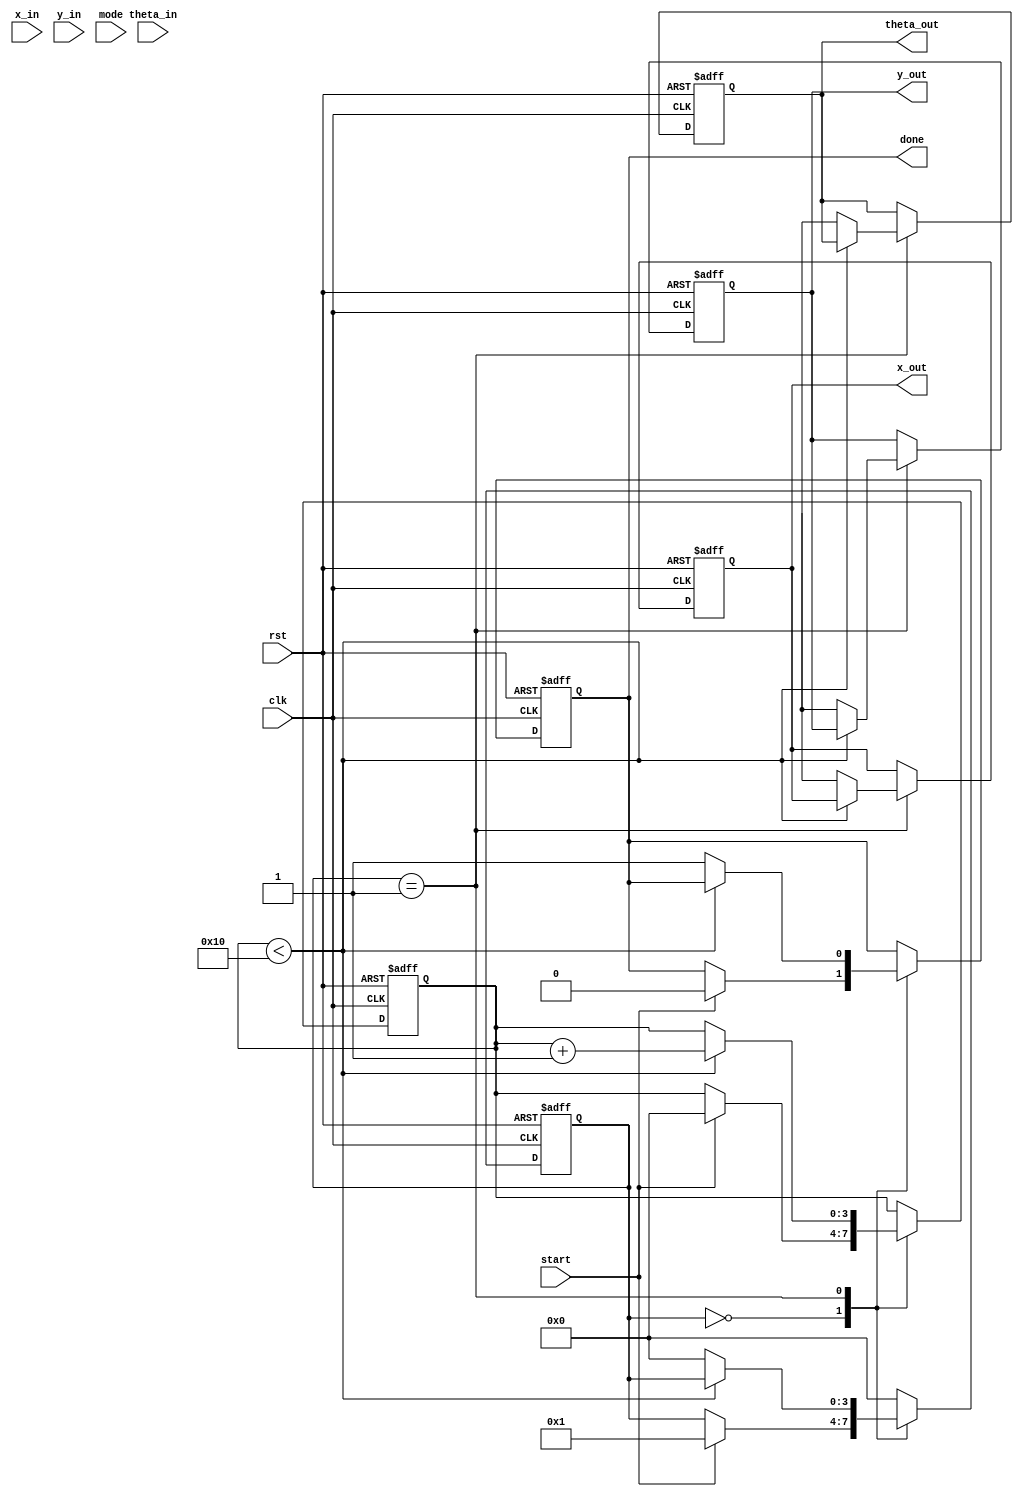
module Unified_CORDIC (
    input wire clk,
    input wire rst,
    input wire [15:0] x_in,          // Input X vector
    input wire [15:0] y_in,          // Input Y vector
    input wire [15:0] theta_in,      // Input angle in radians
    input wire [1:0] mode,           // Mode selection: 00 - Rotation, 01 - Vectoring, 10 - Hyperbolic
    input wire start,                // Start signal
    output reg [15:0] x_out,         // Output X vector
    output reg [15:0] y_out,         // Output Y vector
    output reg [15:0] theta_out,     // Output angle
    output reg done                  // Done signal
);

    // CORDIC parameters
    parameter NUM_ITERATIONS = 16;
    reg [15:0] x [0:NUM_ITERATIONS-1];
    reg [15:0] y [0:NUM_ITERATIONS-1];
    reg [15:0] theta [0:NUM_ITERATIONS-1];
    reg [15:0] angle_table [0:NUM_ITERATIONS-1]; // Precomputed angle values

    // Initialize angle table (arctan values)
    initial begin
        angle_table[0] = 16'h0000; // atan(2^0)
        angle_table[1] = 16'h26DB; // atan(2^-1)
        angle_table[2] = 16'h1C71; // atan(2^-2)
        angle_table[3] = 16'h14AE; // atan(2^-3)
        // ... (continue filling in values for all iterations)
    end

    // State machine for CORDIC operation
    reg [3:0] state;
    reg [3:0] iteration;

    always @(posedge clk or posedge rst) begin
        if (rst) begin
            x_out <= 0;
            y_out <= 0;
            theta_out <= 0;
            done <= 0;
            state <= 0;
            iteration <= 0;
        end else begin
            case (state)
                0: begin // Idle state
                    if (start) begin
                        x[0] <= x_in;
                        y[0] <= y_in;
                        theta[0] <= theta_in;
                        iteration <= 0;
                        state <= 1; // Move to processing state
                        done <= 0;
                    end
                end

                1: begin // Processing state
                    if (iteration < NUM_ITERATIONS) begin
                        // CORDIC rotation or vectoring based on mode
                        case (mode)
                            2'b00: begin // Rotation mode
                                if (y[iteration] < 0) begin
                                    x[iteration + 1] <= x[iteration] + (y[iteration] >> iteration);
                                    y[iteration + 1] <= y[iteration] + (x[iteration] >> iteration);
                                    theta[iteration + 1] <= theta[iteration] - angle_table[iteration];
                                end else begin
                                    x[iteration + 1] <= x[iteration] - (y[iteration] >> iteration);
                                    y[iteration + 1] <= y[iteration] + (x[iteration] >> iteration);
                                    theta[iteration + 1] <= theta[iteration] + angle_table[iteration];
                                end
                            end

                            2'b01: begin // Vectoring mode
                                if (y[iteration] < 0) begin
                                    x[iteration + 1] <= x[iteration] + (y[iteration] >> iteration);
                                    y[iteration + 1] <= y[iteration] + (x[iteration] >> iteration);
                                    theta[iteration + 1] <= theta[iteration] - angle_table[iteration];
                                end else begin
                                    x[iteration + 1] <= x[iteration] - (y[iteration] >> iteration);
                                    y[iteration + 1] <= y[iteration] + (x[iteration] >> iteration);
                                    theta[iteration + 1] <= theta[iteration] + angle_table[iteration];
                                end
                            end

                            2'b10: begin // Hyperbolic mode (similar to rotation)
                                // Implement hyperbolic calculations here (sinh, cosh)
                            end
                        endcase
                        iteration <= iteration + 1;
                    end else begin
                        // Final output assignment
                        x_out <= x[NUM_ITERATIONS];
                        y_out <= y[NUM_ITERATIONS];
                        theta_out <= theta[NUM_ITERATIONS];
                        done <= 1;
                        state <= 0; // Return to idle state
                    end
                end

                default: state <= 0; // Default case
            endcase
        end
    end
endmodule